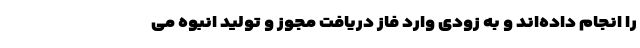
را انجام داده‌اند و به زودی وارد فاز دریافت مجوز و تولید انبوه می